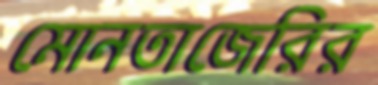
মোনতাজেরির